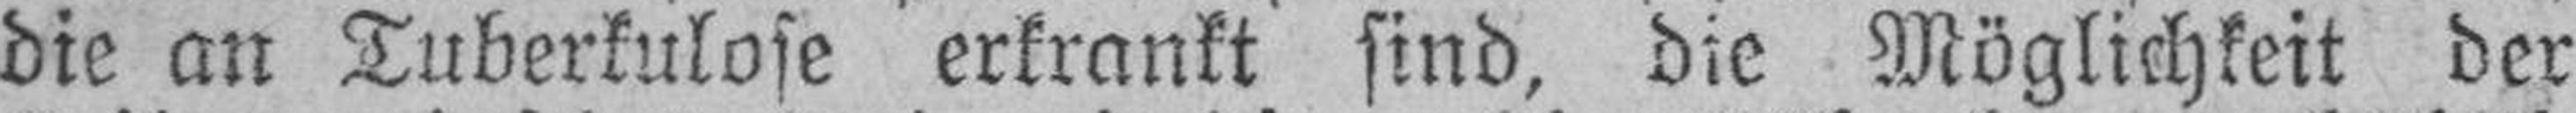
die an Tuberkulose erkrankt sind, die Möglichkeit der